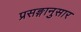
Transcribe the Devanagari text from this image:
प्रसङ्गानुसार